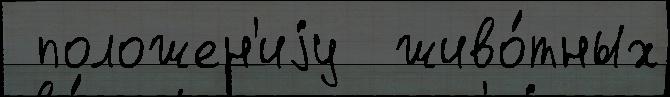
 положен'иjу  живо́тных